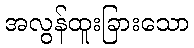
အလွန်ထူးခြားသော